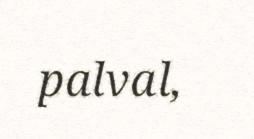
palval,